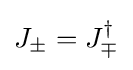
J_{\pm }=J_{\mp }^{\dagger }